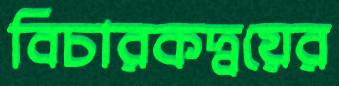
বিচারকদ্বয়ের